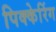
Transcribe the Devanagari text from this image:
पिक्केरिंग